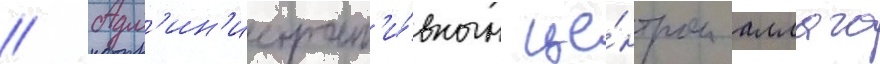
// Адм'ин'истрат'и́вным це́нтром аллаго